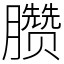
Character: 臜